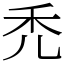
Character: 禿